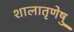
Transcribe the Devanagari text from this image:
शालातृणेषु